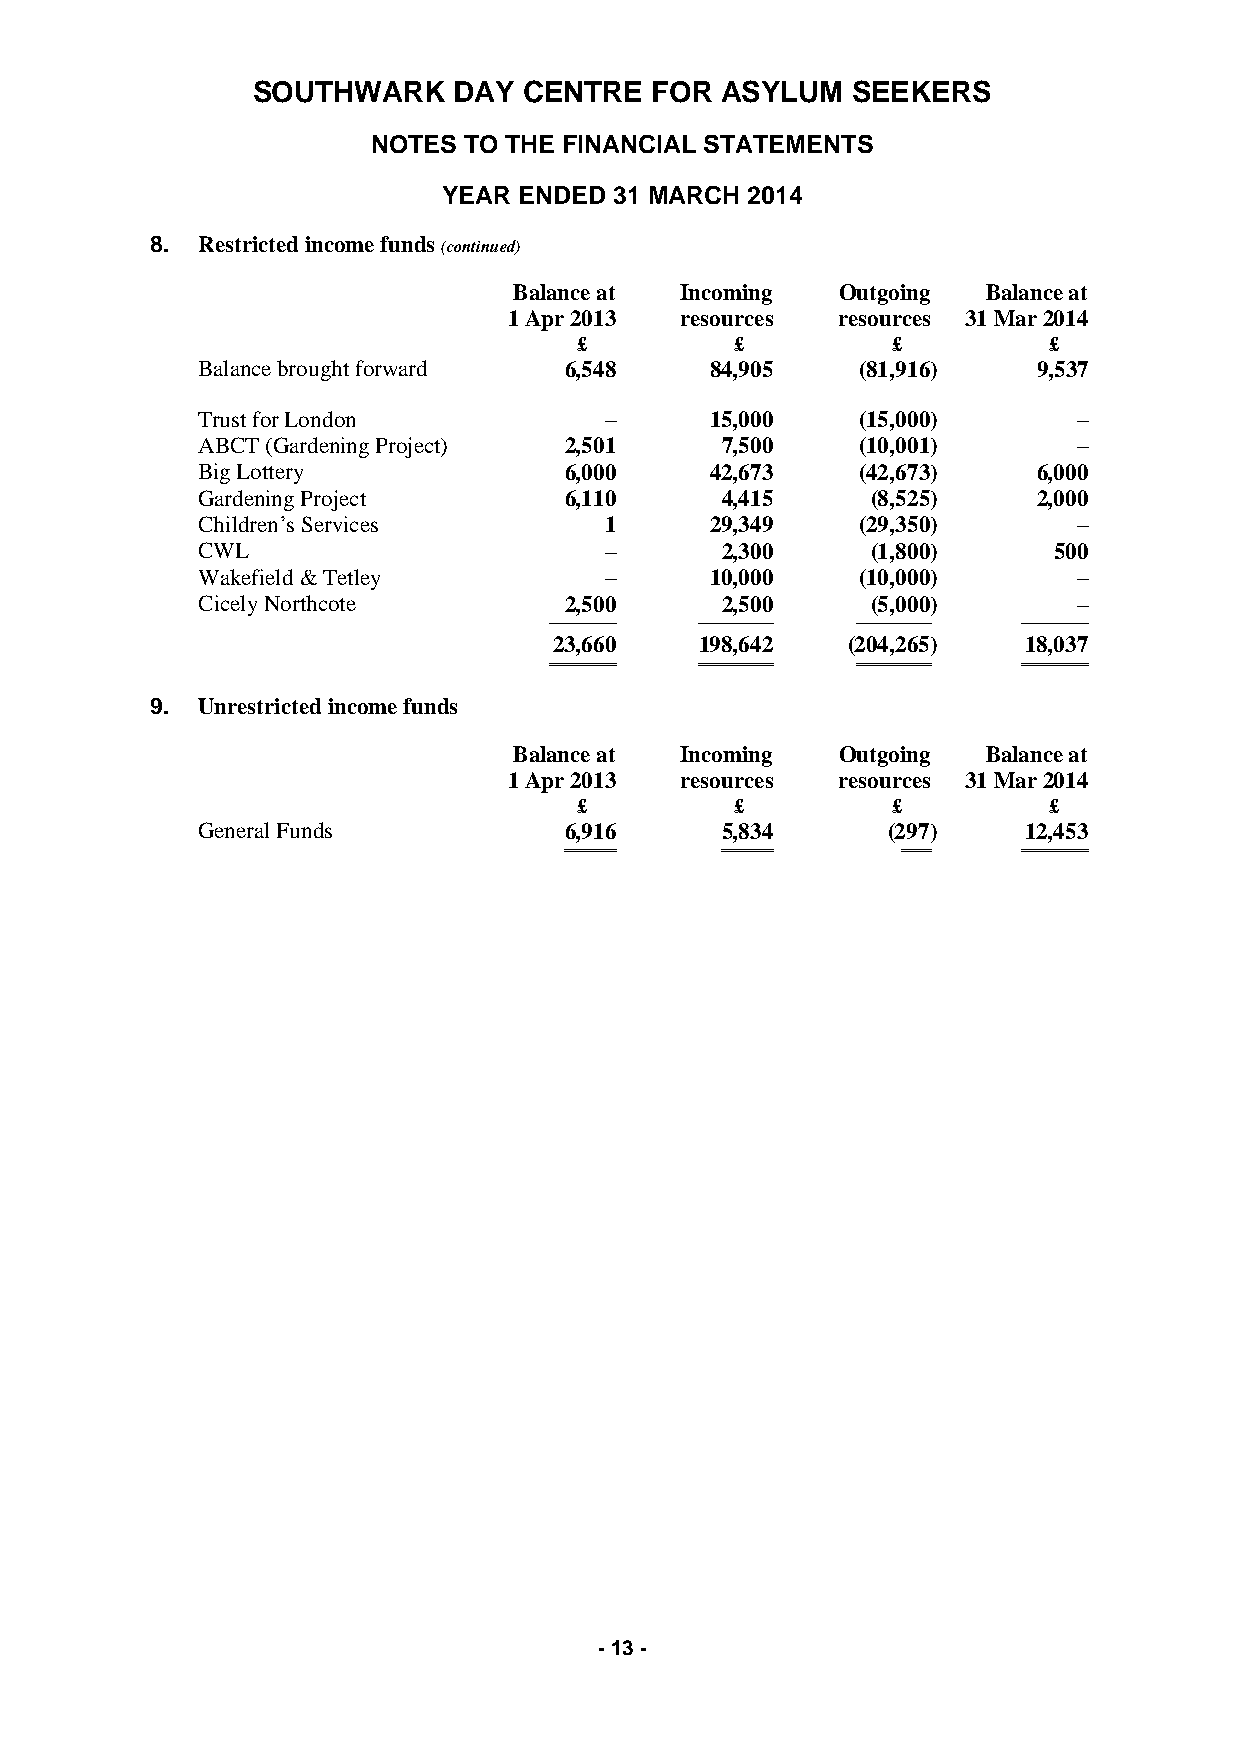
SOUTHWARK    DAY  CENTRE  FOR  ASYLUM  SEEKERS
 NOTES TO THE FINANCIAL STATEMENTS
 YEAR ENDED  31 MARCH 2014
 8. Restricted income funds (continued)
 Balance at Incoming   Outgoing Balance at
 1 Apr 2013 resources resources 31 Mar 2014
 £          £         £         £
 Balance brought forward 6,548     84,905    (81,916)    9,537
 Trust for London           –      15,000    (15,000)      –
 ABCT (Gardening Project) 2,501     7,500    (10,001)      –
 Big Lottery             6,000     42,673    (42,673)    6,000
 Gardening Project       6,110      4,415     (8,525)    2,000
 Children’s Services        1      29,349    (29,350)      –
 CWL                        –       2,300     (1,800)     500
 Wakefield & Tetley         –      10,000    (10,000)      –
 Cicely Northcote        2,500      2,500     (5,000)      –
 ───────── ────────── ────────── ─────────
 23,660   198,642   (204,265)   18,037
 ═════════ ══════════ ══════════ ═════════
 9. Unrestricted income funds
 Balance at Incoming   Outgoing Balance at
 1 Apr 2013 resources resources 31 Mar 2014
 £          £         £         £
 General Funds           6,916      5,834      (297)    12,453
 ═══════    ═══════     ════    ═════════
 - 13 -